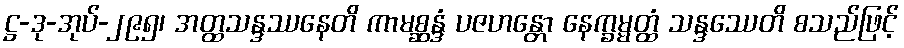
ဋ္ဌ-ဒု-အုပ်-၂၉၅၊ အတ္ထသန္ဒဿနေတိ ကာမစ္ဆန္ဒံ ပဇဟန္တော နေက္ခမ္မတ္ထံ သန္ဒဿေတိ စသည်ဖြင့်